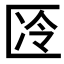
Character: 𱑊